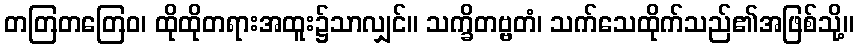
တတြတတြေဝ၊ ထိုထိုတရားအထူး၌သာလျှင်။ သက္ခိတဗ္ဗတံ၊ သက်သေထိုက်သည်၏အဖြစ်သို့။